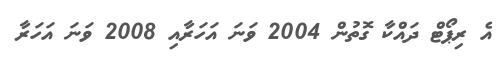
އެ ރިޕޯޓް ދައްކާ ގޮތުން 2004 ވަނަ އަހަރާއި 2008 ވަނަ އަހަރާ